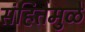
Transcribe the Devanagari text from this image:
संहितेमुळे